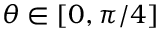
\theta \in [ 0 , \pi / 4 ]